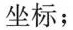
坐标；